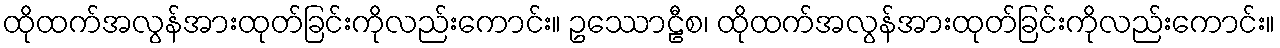
ထိုထက်အလွန်အားထုတ်ခြင်းကိုလည်းကောင်း။ ဥဿောဠီစ၊ ထိုထက်အလွန်အားထုတ်ခြင်းကိုလည်းကောင်း။